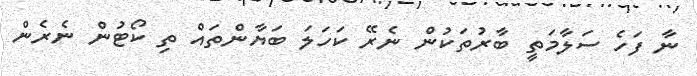
ނާ ފަހެ ސަލާމަތީ ބާރުތަކުން ނެރޭ ކަހަލަ ބަޔާންތައް ތި ކޯޓުން ނެރެން